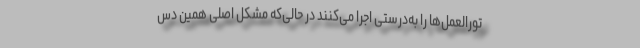
تورالعمل‌ها را به‌درستی اجرا می‌کنند در حالی‌که مشکل اصلی همین دس